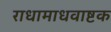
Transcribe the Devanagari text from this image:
राधामाधवाष्टक